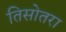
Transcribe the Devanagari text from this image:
तिसोतरा